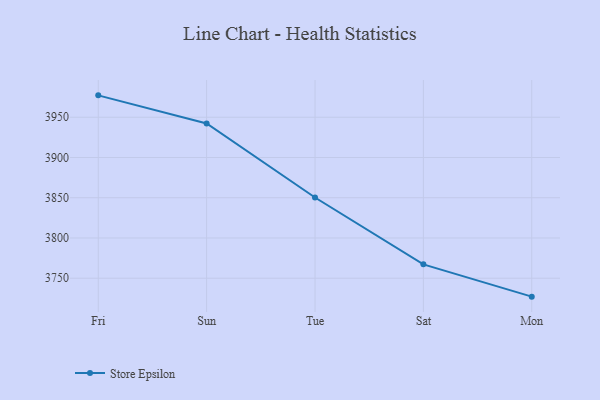
{"axis": {"x": "Day", "y": "Website Visitors"}, "legend": ["Store Epsilon"], "data": [{"x": "Fri", "y": 3977.2, "type": "Store Epsilon"}, {"x": "Sun", "y": 3942.3, "type": "Store Epsilon"}, {"x": "Tue", "y": 3850.3, "type": "Store Epsilon"}, {"x": "Sat", "y": 3767.2, "type": "Store Epsilon"}, {"x": "Mon", "y": 3727.1, "type": "Store Epsilon"}]}